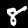
Digit: 8